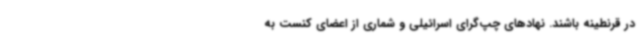
در قرنطینه باشند. نهادهای چپ‌گرای اسرائیلی و شماری از اعضای کنست به